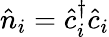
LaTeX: \hat{n}_{i}=\hat{c}_{i}^{\dagger}\hat{c}_{i}